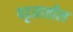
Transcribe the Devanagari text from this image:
पट्टय़ातील